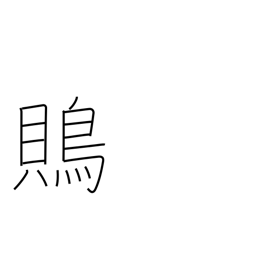
Meaning: shrike